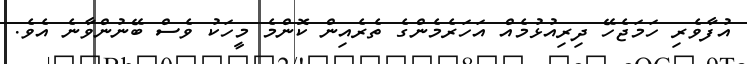
އުފާވެރި ހަމަޖެހޭ ދިރިއުޅުމެއް އަހަރެމެންގެ ތެރެއިން ކޮންމެ މީހަކު ވެސް ބޭނުންވާނެ އެވެ.